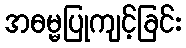
အဓမ္မပြုကျင့်ခြင်း